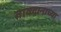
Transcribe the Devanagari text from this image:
तावदानाच्या